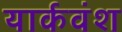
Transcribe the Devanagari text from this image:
यार्कवंश